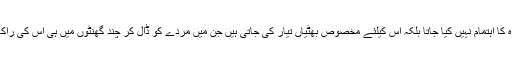
آج کل ترقی یافتہ ممالک میں جلانے کیلئے لکڑی وغیرہ کا اہتمام نہیں کیا جاتا بلکہ اس کیلئے مخصوص بھٹیاں تیار کی جاتی ہیں جن میں مردے کو ڈال کر چند گھنٹوں میں ہی اس کی راکھ بنا کر مرتبان میں لواحقین کے سپرد کر دی جاتی ہے۔